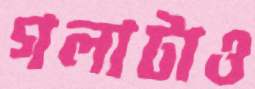
গলাটাও